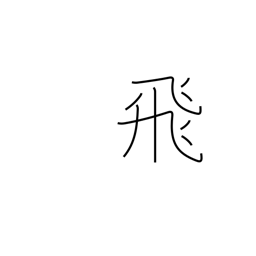
Meaning: skip (pages)